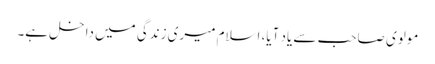
مولوی صاحب سے یاد آیا، اسلام میری زندگی میں داخل ہے۔